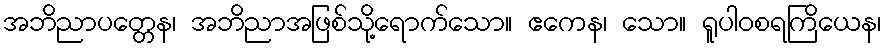
အဘိညာပတ္တေန၊ အဘိညာအဖြစ်သို့ရောက်သော။ ဧကေန၊ သော။ ရူပါဝစရကြိယေန၊